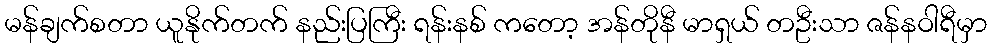
မန်ချက်စတာ ယူနိုက်တက် နည်းပြကြီး ရန်းနစ် ကတော့ အန်တိုနီ မာရှယ် တဦးသာ ဇန်နဝါရီမှာ